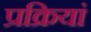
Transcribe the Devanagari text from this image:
प्रक्रियां